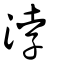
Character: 浡